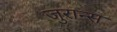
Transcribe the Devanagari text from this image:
जुरान्स